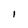
Character: I